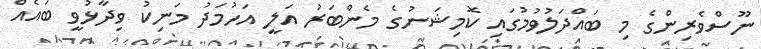
ނޫސްވެރިންގެ މި ބައްދަލުވުމުގައި ކޮމިޝަނުގެ މެންބަރު އަލީ އަހުމަދު މަނިކު ވިދާޅުވީ ބައެއް